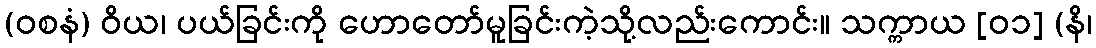
(ဝစနံ) ဝိယ၊ ပယ်ခြင်းကို ဟောတော်မူခြင်းကဲ့သို့လည်းကောင်း။ သက္ကာယ [၀၁] (နိ၊